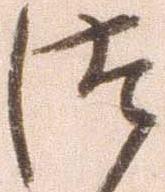
つ